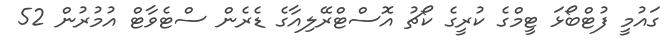
ގައުމީ ފުޓްބޯޅަ ޓީމްގެ ކުރީގެ ކޯޗު އޮސްޓްރޭލިއާގެ ޑެރެން ސްޓެވާޓް އުމުރުން 52